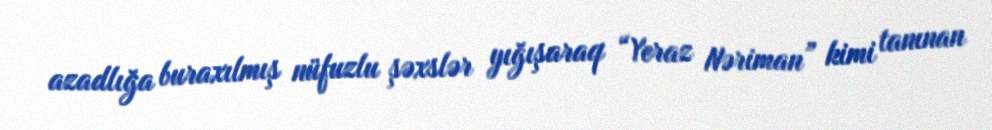
azadlığa buraxılmış nüfuzlu şəxslər yığışaraq “Yeraz Nəriman” kimi tanınan